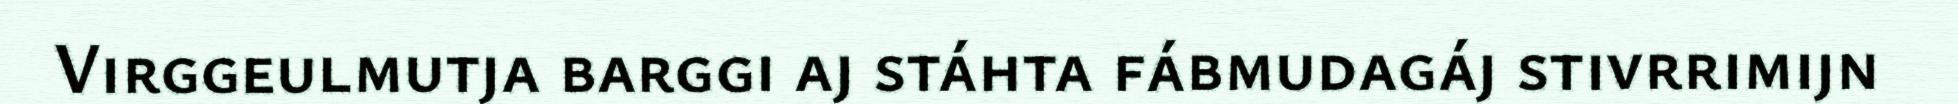
Virggeulmutja barggi aj stáhta fábmudagáj stivrrimijn